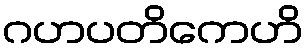
ဂဟပတိကေဟိ